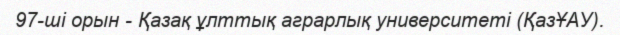
97-ші орын - Қазақ ұлттық аграрлық университеті (ҚазҰАУ).